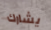
يشارك